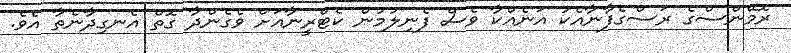
ރޮމޭންސްގެ ރަސްގެފާނާއެކު އަނެއްކާ ވެސް ފެނިލުމުން ކެޓްރީނާއަށް ވެގެންދާ ގޮތް އެނގިދާނެތާ އެވެ.